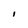
Character: I